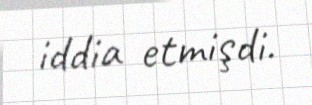
iddia etmişdi.